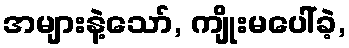
အများနဲ့သော်, ကျိုးမပေါ်ခဲ့,